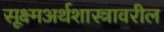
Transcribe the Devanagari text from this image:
सूक्ष्मअर्थशास्त्रावरील